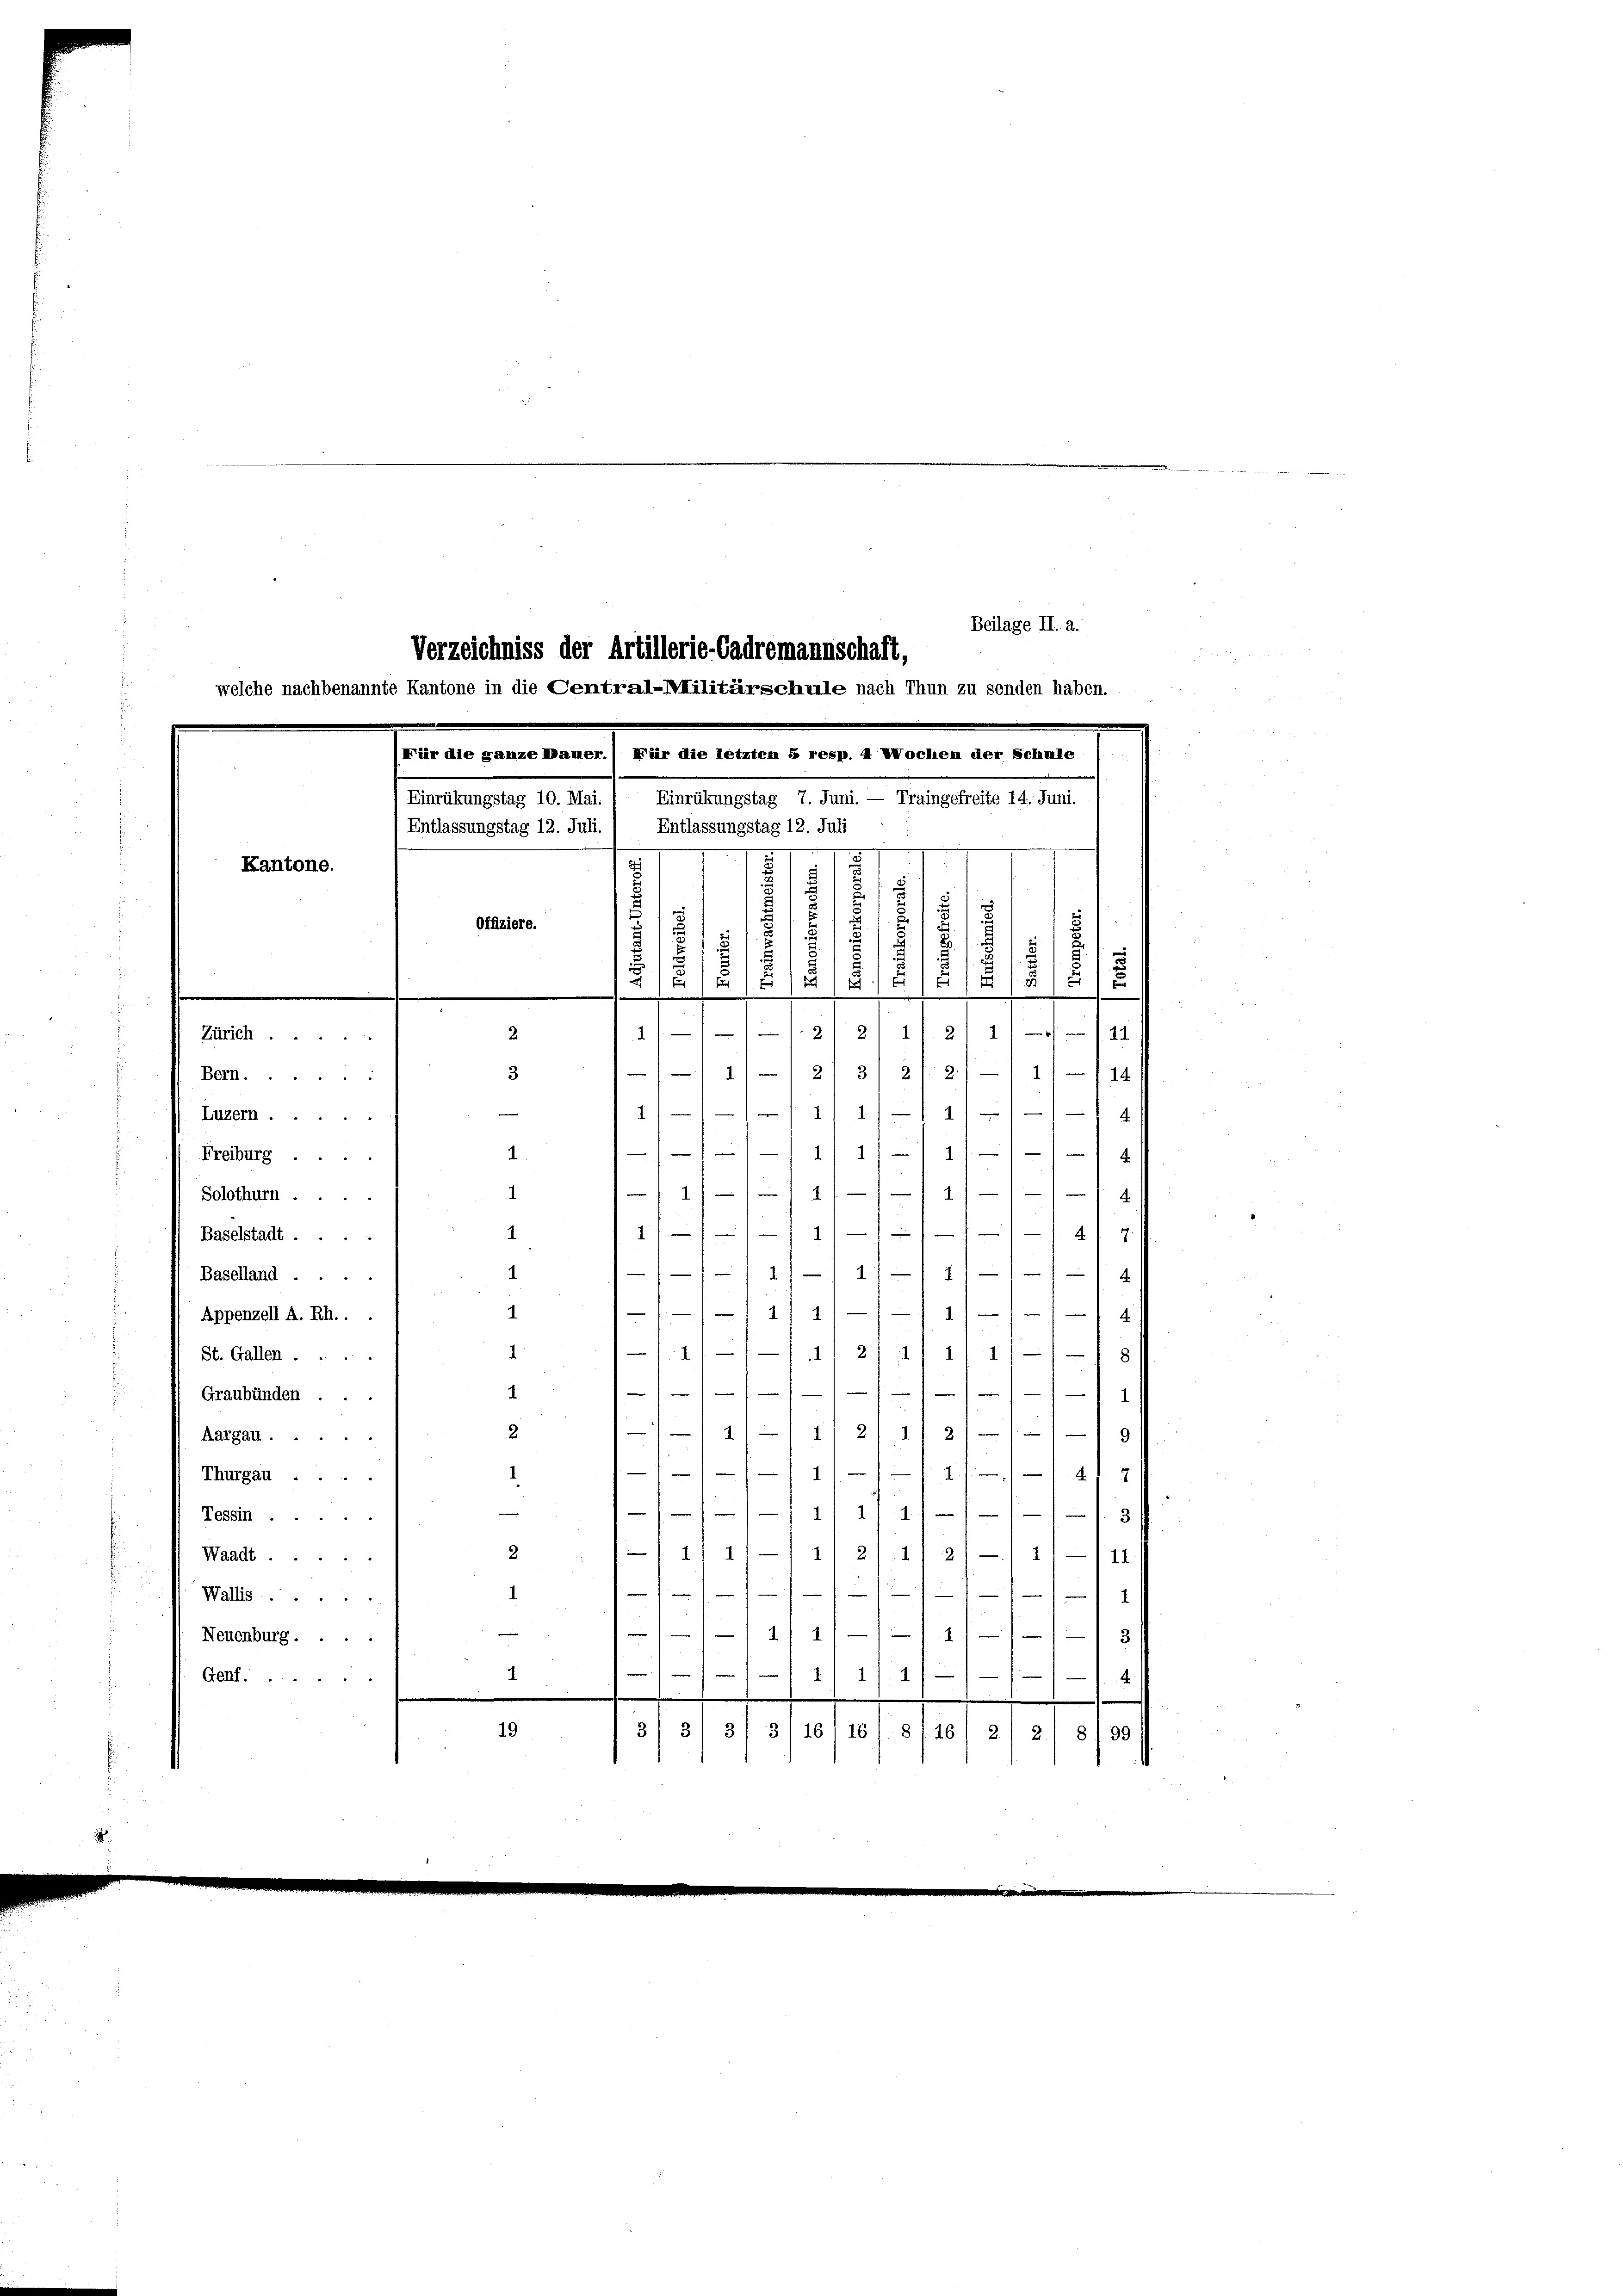
Beilage II. 2.
Verzeichniss der Artillerie-Cadremannschaft,

Kantone.
11.
1111.
19 f 24
2
127
5/2/21–1 11 - 18
3
Bern......
 1 2/4 1
Luzern
2
e
.
1
Freiburg ..
1/-1/11/11/11—14
1
Solothurn .
1114. d. 9.
1
Baselstadt ....
–1 1/2 11—111 4
1
Baselland .
44.
1
Appenzell A. Rh..
111/4/ 27/1 111
1
St. Gallen.
1
e
1

Graubünden.
7/11/11 2/ 11 2/1
2
Aargau.
9)
1
4. d.
Thurgau ...
.
—
4 f 14
Tessin.
3
224 f. 2
2.
Waadt ...

Wallis
3
4
Neuenburg ....
144
1
1
Genf.
e
.
19
3 3/ 31 31 16, 16 f. 8 / 16/ 2/ 2) § 199.

(Für die ganze Kamer.) Für die letztem 5 resp. 4 Wochen der Schule
Mussert 14. Janu
Einrückungstag 10. Mai.
Entlassungstag 12. Juli.) Entlassungstag 12. Juli
.
n
n

Offiziere.

Zürich.
2.

welche nachbenannte Kantone in die Central-Militärschule nach Thun zu senden haben.

d
t
2
x
5
d
515
/
7
.
815
2
8/5
f
u
.
5
e
x